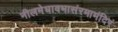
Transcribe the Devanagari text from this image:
नीलमेघावभासंरमामंदिरं